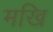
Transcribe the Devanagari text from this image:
मखि